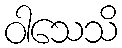
ဝါသေသိ